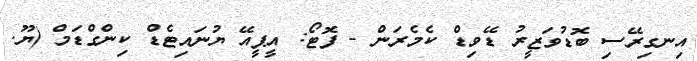
އިނގިރޭސި ބޮޑުވަޒީރު ޑޭވިޑް ކެމެރަން - ފޮޓޯ: އީޕީއޭ ޔުނައިޓެޑް ކިންގްޑަމް (ޔޫ.